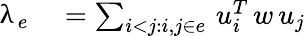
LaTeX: \begin{array}{rl}{\uplambda_{e}}&{{}=\sum_{i<j:i,j\in e}\, u_{i}^{T}\, w\, u_{j}}\end{array}